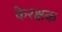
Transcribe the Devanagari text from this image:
केरक्षक